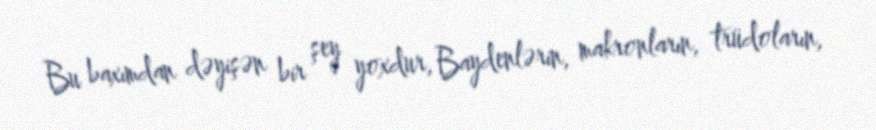
Bu baxımdan dəyişən bir şey yoxdur, Baydenlərin, makronların, trüdoların,